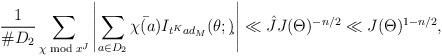
LaTeX: \begin{align*}\frac{1}{\#D_2}\sum_{\chi \bmod{x^J}}\left|\sum_{a\in D_2}\bar{\chi(a)}I_{t^Kad_M}(\theta;\c)\right|&\ll \hat J J(\Theta)^{-n/2}\ll J(\Theta)^{1-n/2} ,\end{align*}